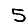
Digit: 5